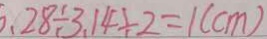
0 . 2 8 \div 3 . 1 4 \div 2 = 1 ( c m )